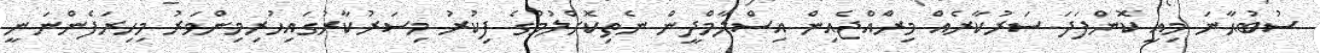
ސުބުޙާނަ މިއީ ކޮންފަދަ ސަރުކާރެއް މިރާެއްޖެއިން އިސްލާމްދީން ނެތިކޮށްލުމުގެ ފިކުރު މިސަރުކާރުގައިހުރިމިންވަރު މިހިރަފެންނަނީ